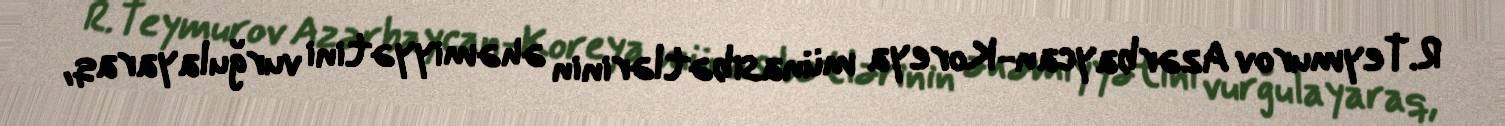
R.Teymurov Azərbaycan-Koreya münasibətlərinin əhəmiyyətini vurğulayaraq,